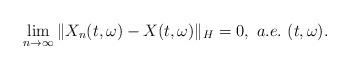
LaTeX: \begin{align*}\lim_{n\rightarrow\infty}\Vert X_n(t,\omega) - X(t,\omega)\Vert_H = 0 , \ a.e.\ (t,\omega).\end{align*}